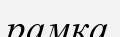
рамка